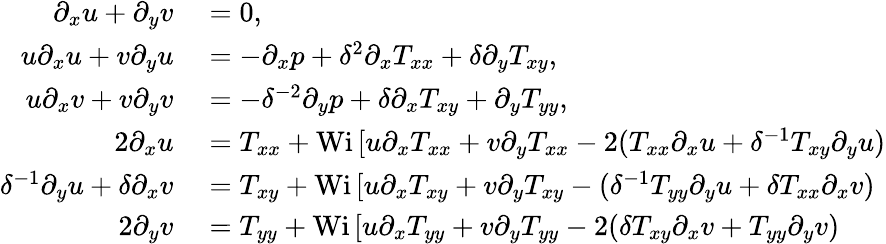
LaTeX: \begin{array}{rl}{\partial_{x}u+\partial_{y}v}&{{}=0,}\\ {u\partial_{x}u+v\partial_{y}u}&{{}=-\partial_{x}p+\delta^{2}\partial_{x}T_{xx}+\delta\partial_{y}T_{xy},}\\ {u\partial_{x}v+v\partial_{y}v}&{{}=-\delta^{-2}\partial_{y}p+\delta\partial_{x}T_{xy}+\partial_{y}T_{yy},}\\ {2\partial_{x}u}&{{}=T_{xx}+\textrm{Wi}\, [u\partial_{x}T_{xx}+v\partial_{y}T_{xx}-2(T_{xx}\partial_{x}u+\delta^{-1}T_{xy}\partial_{y}u)}\\ {\delta^{-1}\partial_{y}u+\delta\partial_{x}v}&{{}=T_{xy}+\textrm{Wi}\, [u\partial_{x}T_{xy}+v\partial_{y}T_{xy}-(\delta^{-1}T_{yy}\partial_{y}u+\delta T_{xx}\partial_{x}v)}\\ {2\partial_{y}v}&{{}=T_{yy}+\textrm{Wi}\, [u\partial_{x}T_{yy}+v\partial_{y}T_{yy}-2(\delta T_{xy}\partial_{x}v+T_{yy}\partial_{y}v)}\end{array}